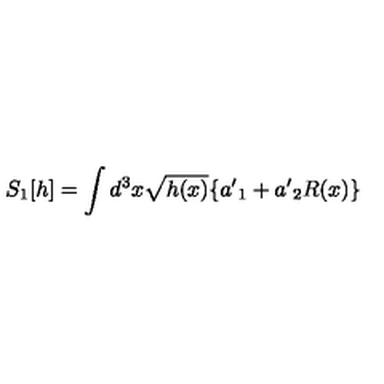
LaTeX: S _ { 1 } [ h ] = \int d ^ { 3 } x \sqrt { h ( x ) } \{ { a ^ { \prime } } _ { 1 } + { a ^ { \prime } } _ { 2 } R ( x ) \} \,